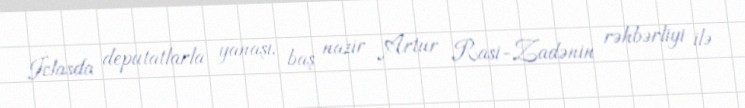
İclasda deputatlarla yanaşı, baş nazir Artur Rasi-Zadənin rəhbərliyi ilə